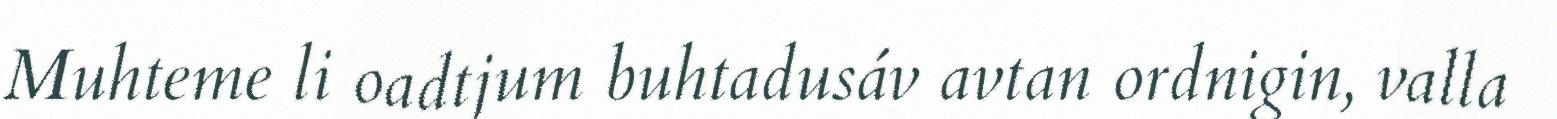
Muhteme li oadtjum buhtadusáv avtan ordnigin, valla